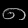
Digit: ၈